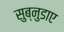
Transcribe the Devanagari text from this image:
सुब्नुडाए